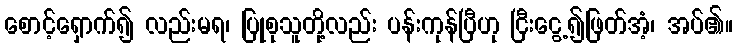
စောင့်ရှောက်၍ လည်းမရ၊ ပြုစုသူတို့လည်း ပန်းကုန်ပြီဟု ငြီးငွေ့၍ဖြတ်အံ့၊ အပ်၏။